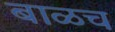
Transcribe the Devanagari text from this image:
बाळच